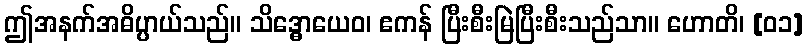
ဤအနက်အဓိပ္ပာယ်သည်။ သိဒ္ဓောယေဝ၊ ဧကန် ပြီးစီးမြဲပြီးစီးသည်သာ။ ဟောတိ၊ [၀၁]